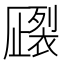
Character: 𧝦